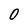
Character: 0